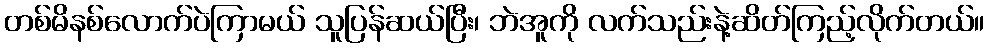
တစ်မိနစ်လောက်ပဲကြာမယ် သူပြန်ဆယ်ပြီး၊ ဘဲအူကို လက်သည်းနဲ့ဆိတ်ကြည့်လိုက်တယ်။